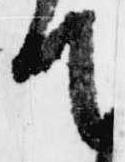
て